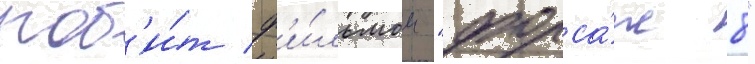
поб'и́т ф'и́льмом "форса́ж 8"